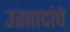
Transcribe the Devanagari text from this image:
उस्तादांचे